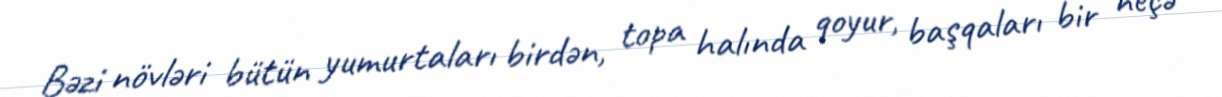
Bəzi növləri bütün yumurtaları birdən, topa halında qoyur, başqaları bir neçə